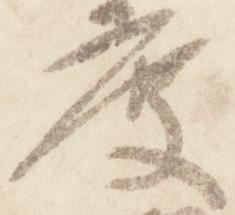
度